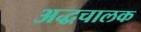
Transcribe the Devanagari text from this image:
अद्धचालक